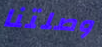
وصلتنا